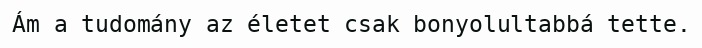
Ám a tudomány az életet csak bonyolultabbá tette.